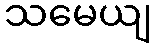
သမေယျ